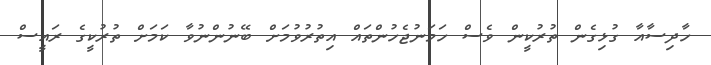
ހާދިސާއާ ގުޅިގެން ތުރުކީން ވެސް ހަމަނުޖެހުންތައް އިތުރުވުމަށް ބޭނުންނުވާ ކަމަށް ތުރުކީގެ ރައީސް